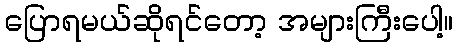
ပြောရမယ်ဆိုရင်တော့ အများကြီးပေါ့။